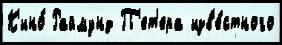
К'ино́ Раймунд П'ет'ера изв'е́стного